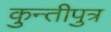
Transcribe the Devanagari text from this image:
कुन्तीपुत्र